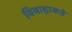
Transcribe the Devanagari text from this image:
विवाहाकडे